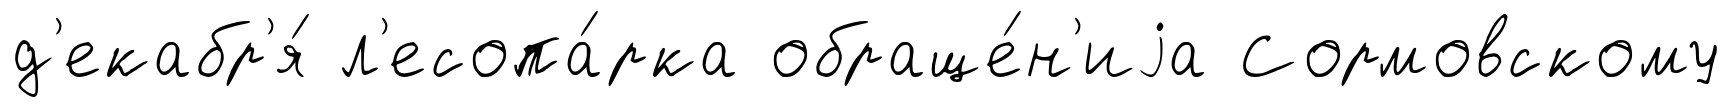
д'екабр'я́ л'есопа́рка обраще́н'иjа Сормовскому